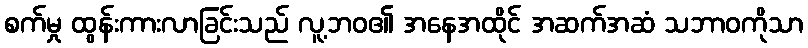
စက်မှု ထွန်းကားလာခြင်းသည် လူ့ဘဝ၏ အနေအထိုင် အဆက်အဆံ သဘာဝကိုသာ